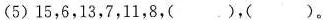
(5)15，6，13，7，11，8，( )，( )。